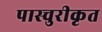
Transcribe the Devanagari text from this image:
पास्चुरीकृत